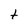
Character: t